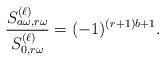
LaTeX: \begin{align*}\frac{S^{(\ell)}_{a\omega, r\omega}}{S^{(\ell)}_{0, r\omega}} =(-1)^{(r+1)b+1}.\end{align*}